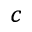
^ { c }